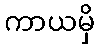
ကာယမှိ